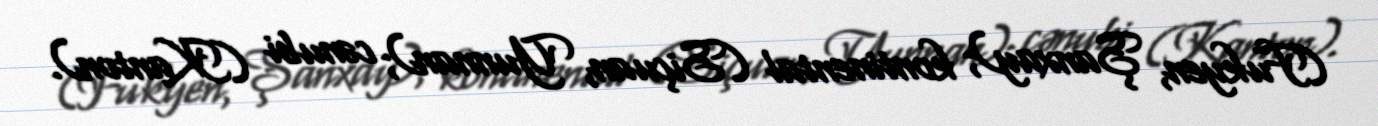
(Fukyen, Şanxay); kontinental (Siçuan, Yunnan); cənubi (Kanton).